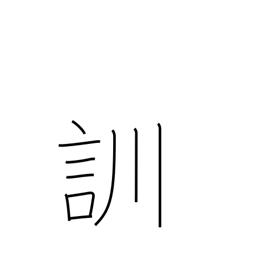
Meaning: read